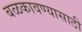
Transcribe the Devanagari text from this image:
बळकावण्यासाठी